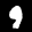
Label: 9